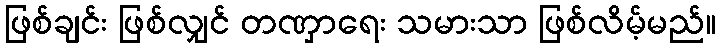
ဖြစ်ချင်း ဖြစ်လျှင် တဏှာရေး သမားသာ ဖြစ်လိမ့်မည်။